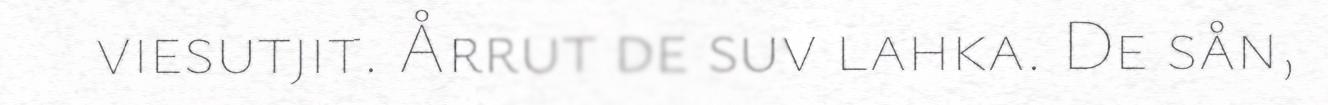
viesutjit. Årrut de suv lahka. De sån,